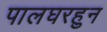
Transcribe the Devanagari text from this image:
पालघरहुन